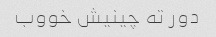
دور ته چینیش خووب